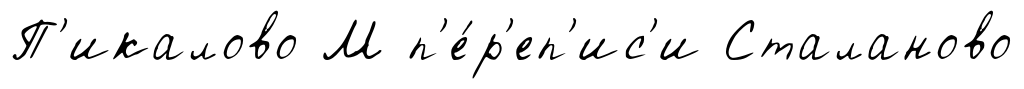
П'икалово М п'е́р'еп'ис'и Сталаново